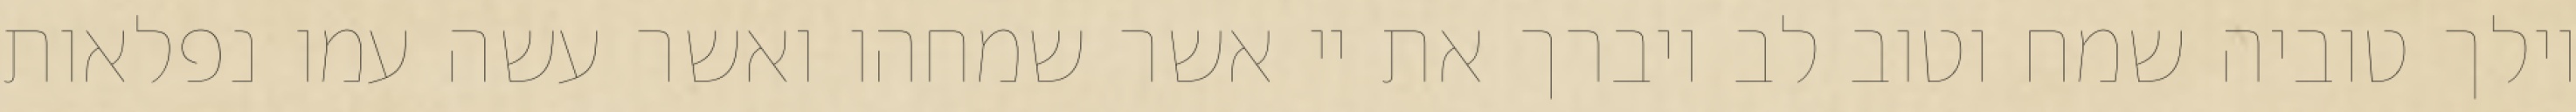
וילך טוביה שמח וטוב לב ויברך את יי אשר שמחהו ואשר עשה עמו נפלאות